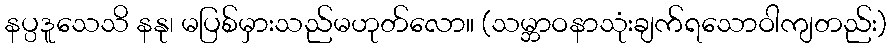
နပ္ပဒူသေသိ နနု၊ မပြစ်မှားသည်မဟုတ်လော။ (သမ္ဘာဝနာသုံးချက်ရသောဝါကျတည်း)